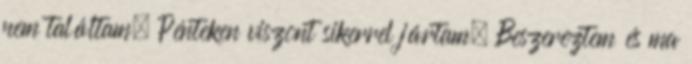
nem találtam. Pénteken viszont sikerrel jártam. Beszereztem és ma